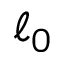
\ell _ { 0 }